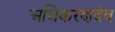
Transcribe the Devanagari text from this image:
अधिकरणदेव